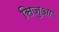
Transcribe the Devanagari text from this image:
सिजुआ